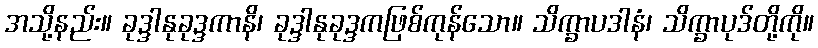
အသို့နည်း။ ခုဒ္ဒါနုခုဒ္ဒကာနိ၊ ခုဒ္ဒါနုခုဒ္ဒကဖြစ်ကုန်သော။ သိက္ခာပဒါနံ၊ သိက္ခာပုဒ်တို့ကို။